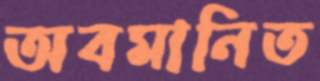
অবমানিত